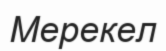
Мерекел